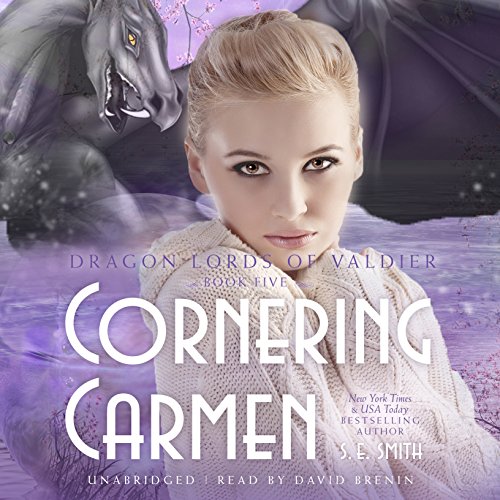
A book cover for Cornering Carmen  (Dragon Lords of Valdier Series, Book 5); S. E. Smith; Romance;